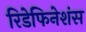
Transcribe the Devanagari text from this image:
रिडेफिनेशंस